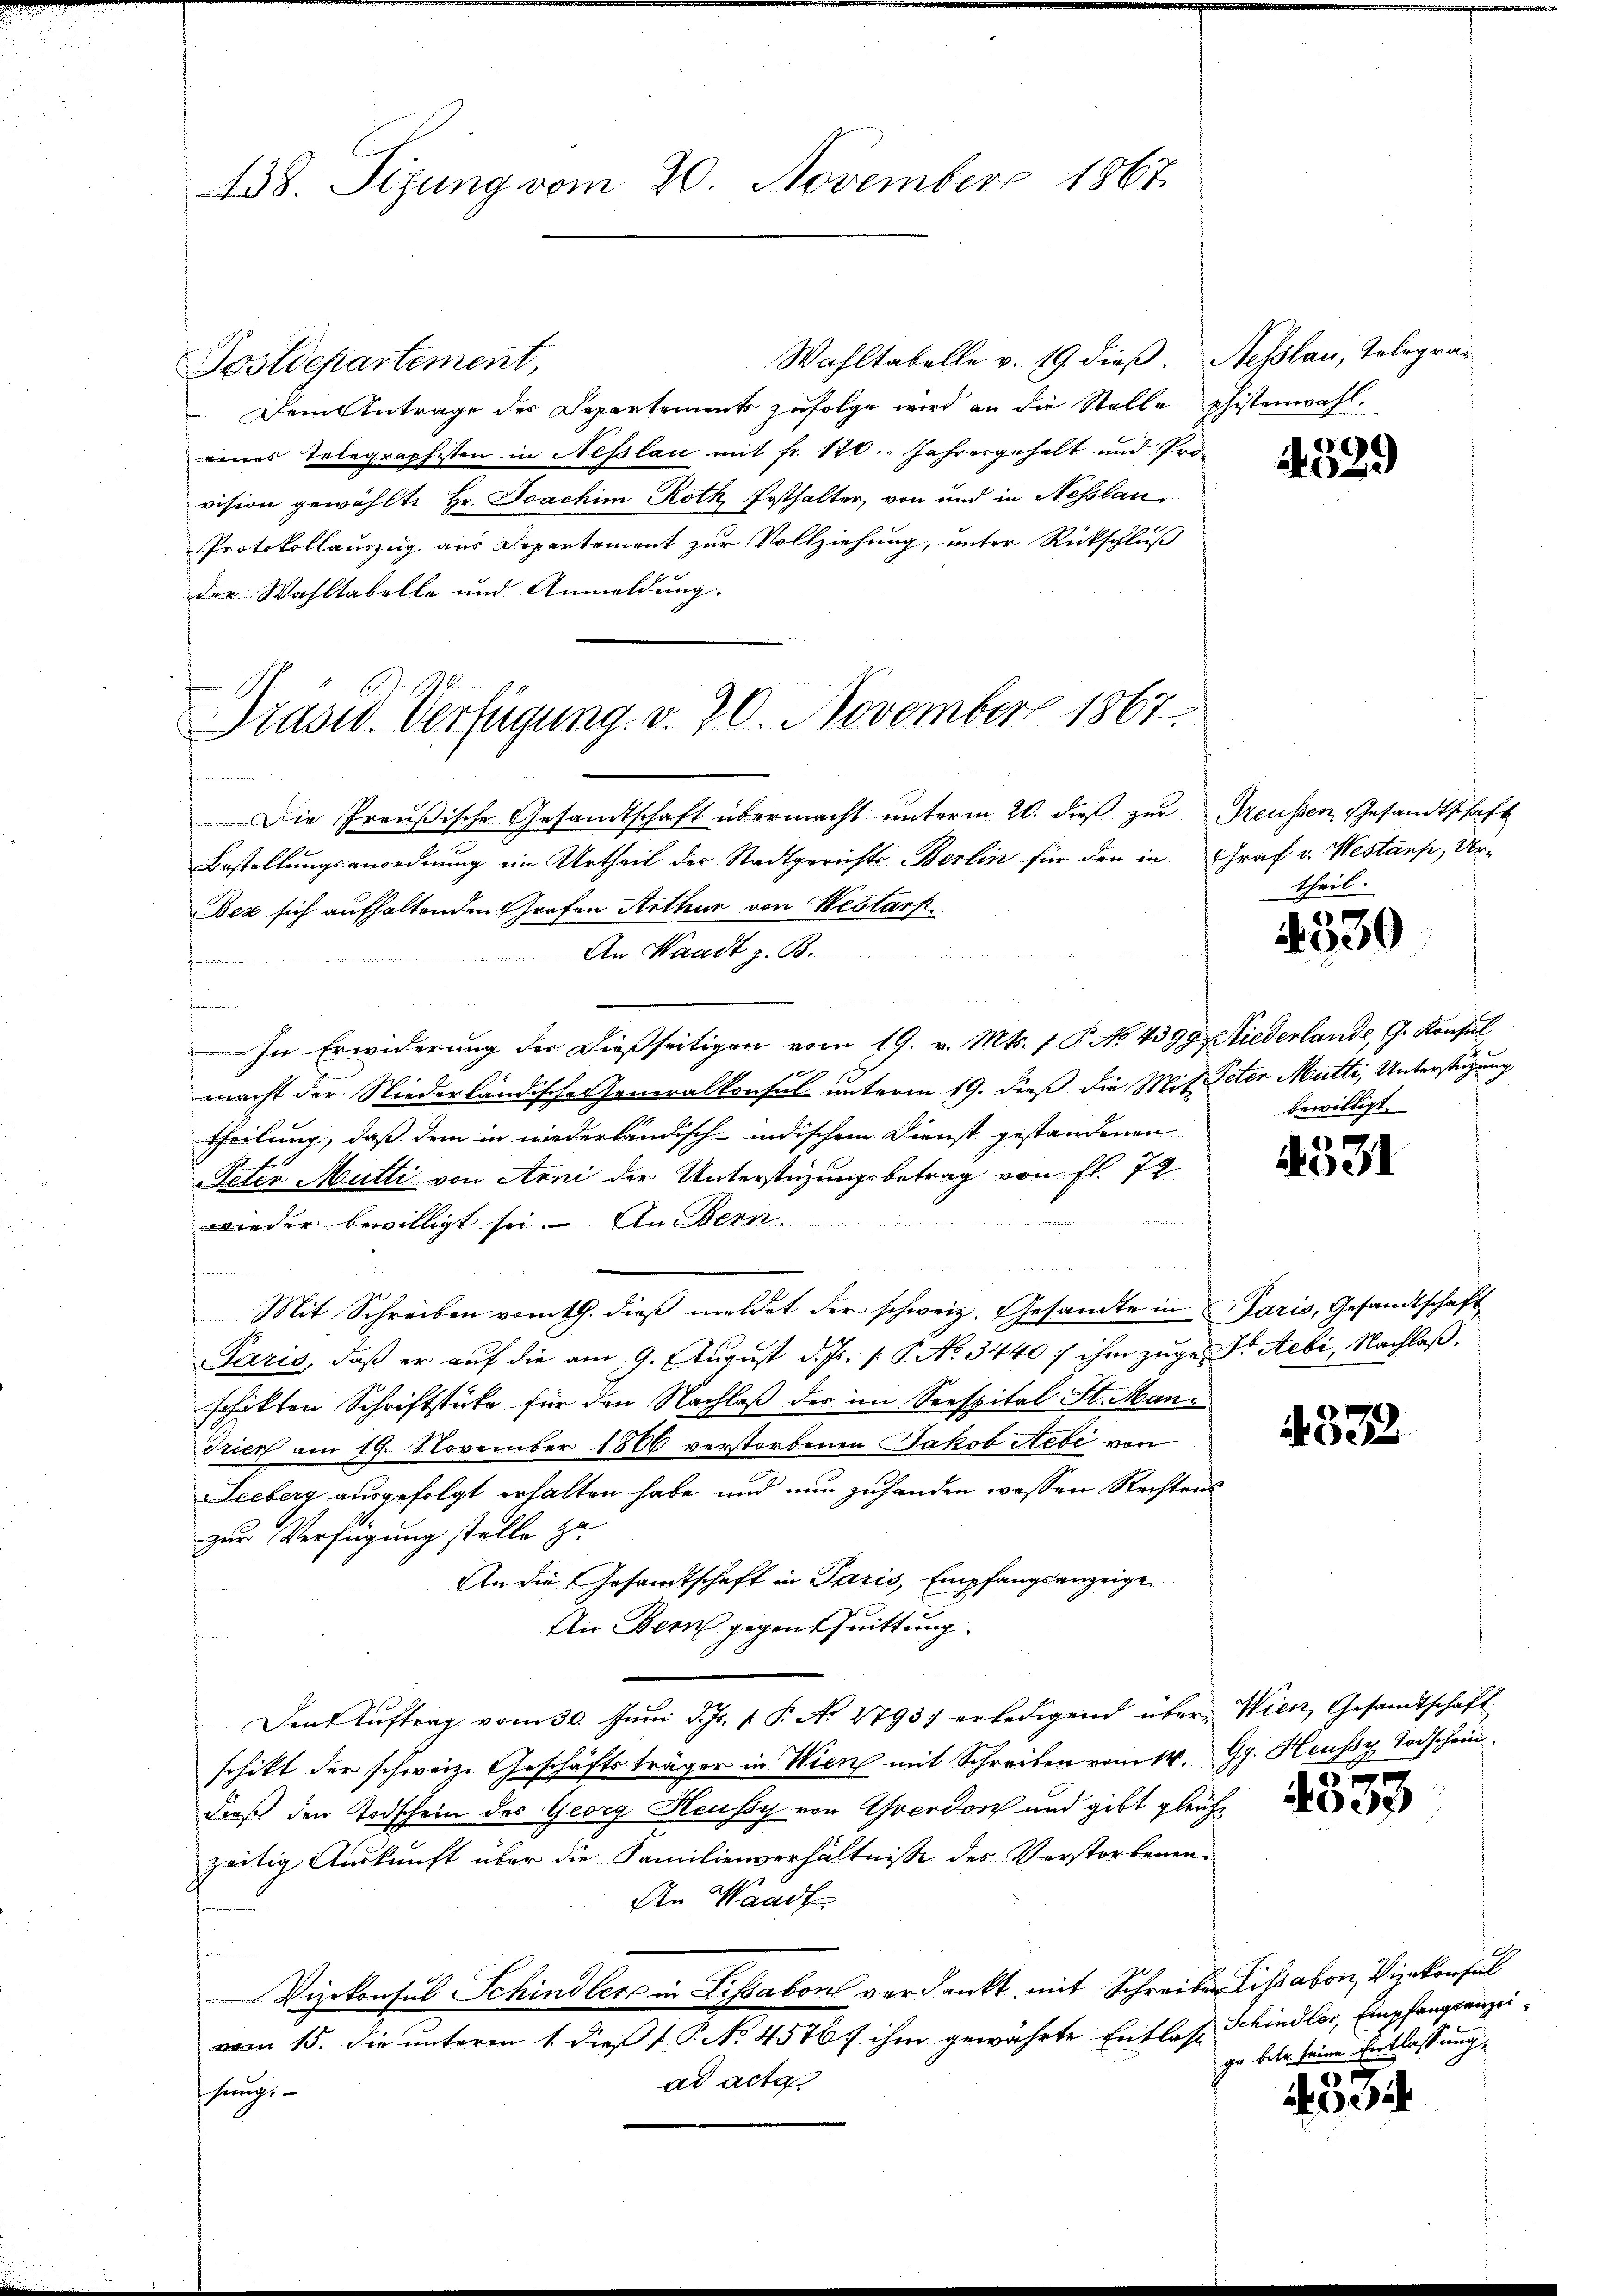
438. Sizung vom 20. November 1867

Wahltabelle v. 19. dieß. Nesslau, Telegra¬
Postdepartement,
 Dem Antrage des Departement zufolge wird an die Stelle phistenwahl.
eines Telegraphisten in Nesslau mit fr. 120. Jahresgehalt und Provision gewählte Hr. Joachim Roth, Posthalter, von und in Nesslan¬
Protokollauszug aus Departement zur Vollziehung, unter Rückschluß
der Wahltabelle und Anmeldung.

Präsid. Verfügung. v. 20. November 1867.

Die Preußische Gesandtschaft übermacht ŭnterm 20. dieβ zŭr Preußen, Gesandtschaft
Bestellungsanordnung ein Urtheil der Stadtgerichts Berlin für den in Graf v. Westans, Ur¬
Dez sich aufhaltenden Grafen Arthur von Westark
An Waadt z. B.
r
fammen.

In Erwiderung der dießseitigen vom 19. v. Mts. 1 P. No. 4399 Niederlande G. Konsul
macht der Niederländische Generalkonsul unterm 19. dieß die Mit Peter Mutti, Unterstüzung
theilung, daß dem in niederländisch-indischem Dienst gestandenen
Peten Mutti von Arni der Unterstüzungsbetrag von fl. 7
wieder bewilligt sei. An Bern.
27, u
Mit Schreiben vornth. dieß meldet der schweiz. Gesandte in Paris, Gesandtschaft
Paris, daß er auf die am 9. August d. Js. s. S. No. 3440 f ihm zuge Sr Aebi, Nachlaß.
schikten Schriftstüke für den Nachlaß der im Seespital St. Man¬
Trier am 19. November 1866 verstorbenen Jakob Aebi von
Leeberg ausgefolgt erhalten habe und nun zuhanden wessen Rechtens
zur Verfügung stelle ge-
An die Gesandtschaft in Paris, Empfangsanzeige
An Bern gegent Quittung
Ien Aŭftrag vom 30. Juni d. Js. 1. P. N. 2793 erledigend über Wien, Gesandtschaft
schikt der schweiz. Geschäftsträger in Wien mit Schreiben vom 14. Gg. Heussy Todschein
dieß den Todschein des Georg Heussy von Yverdorf und gibt gleichzeitig Auskunft über die Familienverhältnisse der Verstorbenen
An Waadt
Vizekonsul Schindler in Lissabon verdankt mit Schreiben Lisabon, Vizekonsul
vom 15. Die unterm 1. dieß P. No. 4576 ihm gewährte Entlast
ad acta
pfungs¬

4329

theil.

2000.

bewilligt.

4331

4322

4333

Schindler, Empfangsanzeige bete seine Entlassung.

450